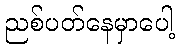
ညစ်ပတ်နေမှာပေါ့